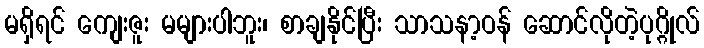
မရှိရင် ကျေးဇူး မများပါဘူး၊ စာချနိုင်ပြီး သာသနာ့ဝန် ဆောင်လိုတဲ့ပုဂ္ဂိုလ်